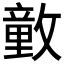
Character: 𰕕